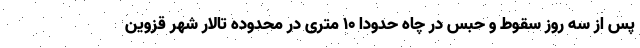
پس از سه روز سقوط و حبس در چاه حدودا ۱۰ متری در محدوده تالار شهر قزوین